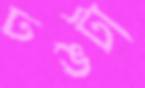
ঢঙটা